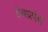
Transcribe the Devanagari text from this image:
ग्रंथप्रपंच